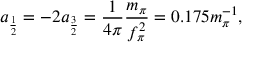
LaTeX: a _ { \frac { 1 } { 2 } } = - 2 a _ { \frac { 3 } { 2 } } = \frac { 1 } { 4 \pi } \frac { m _ { \pi } } { f _ { \pi } ^ { 2 } } = 0 . 1 7 5 m _ { \pi } ^ { - 1 } ,